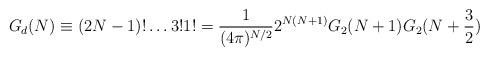
LaTeX: \begin{align*}G_d(N) \equiv (2N-1)!\ldots 3! 1! = {1 \over {(4 \pi)^{N/2}}} 2^{N(N+1)} G_2(N+1)G_2(N+{3 \over 2})\end{align*}